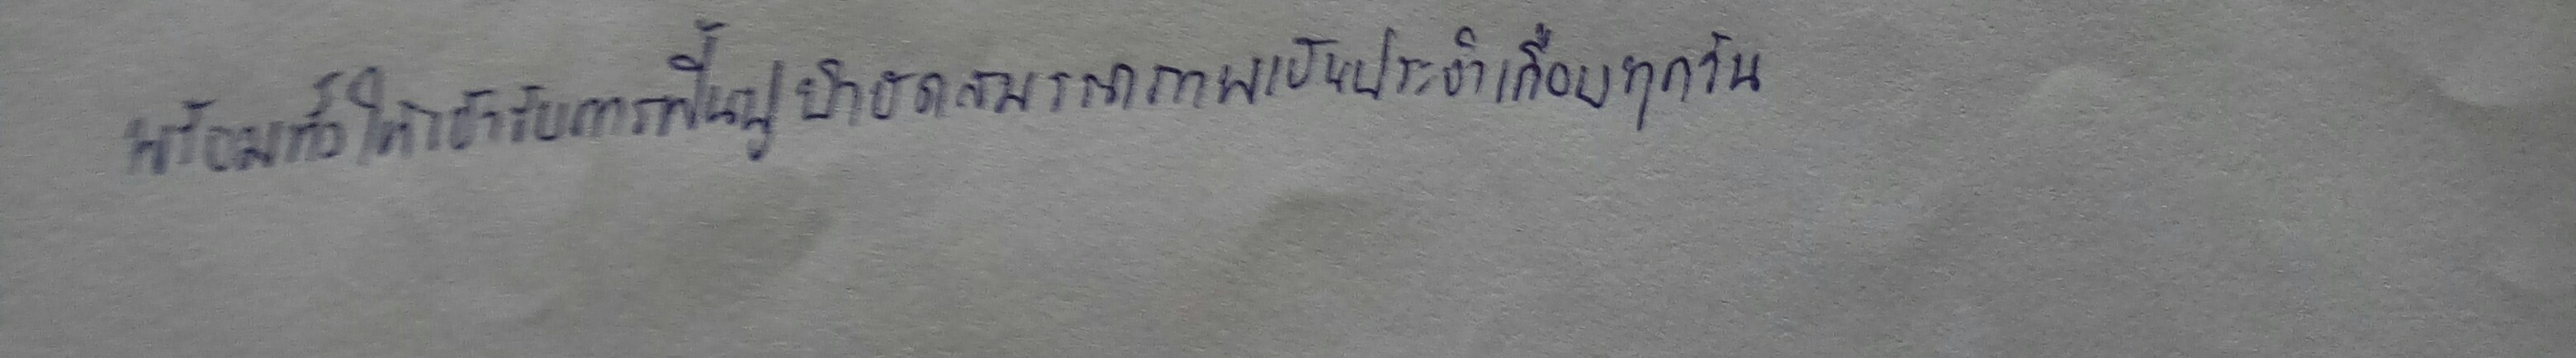
พร้อมทั้งให้เข้ารับการฟื้นฟูบำบัดสมรรถภาพเป็นประจำเกือบทุกวัน